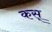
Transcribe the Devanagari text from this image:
कस्